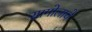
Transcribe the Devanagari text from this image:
सागोलाचे